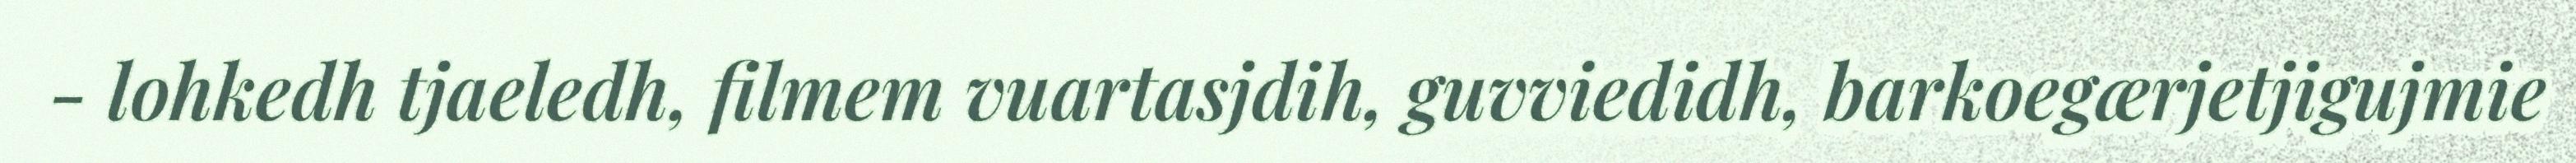
- lohkedh tjaeledh, filmem vuartasjdih, guvviedidh, barkoegærjetjigujmie